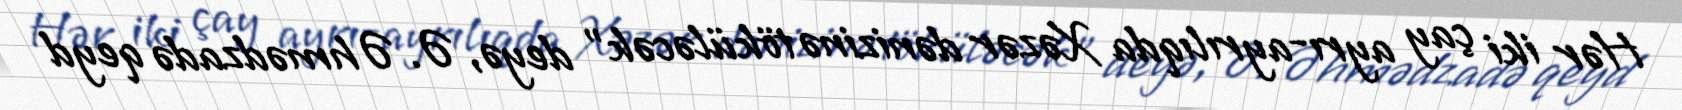
Hər iki çay ayrı-ayrılıqda Xəzər dənizinə töküləcək” deyə, Ə. Əhmədzadə qeyd